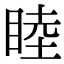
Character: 睦